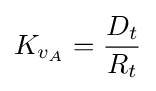
K_{v_{A}}={\frac {D_{t}}{R_{t}}}